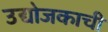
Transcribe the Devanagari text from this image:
उद्योजकाची